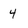
Character: 4